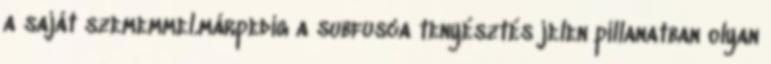
a saját szememmel.márpedig a subfusca tenyésztés jelen pillanatban olyan